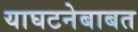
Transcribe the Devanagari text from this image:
याघटनेबाबत